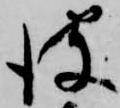
彼